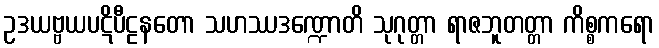
ဥဒယဗ္ဗယပဋိပီဠနတော သဟဿဒဏ္ဍောတိ သုဂုတ္တာ ရာဇဘူတတ္တာ ကိစ္စကရော